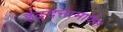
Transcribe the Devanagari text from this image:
इंद्रदत्तामार्फत